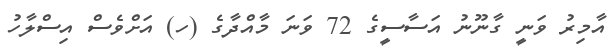
އާމިރު ވަނީ ގާނޫނު އަސާސީގެ 72 ވަނަ މާއްދާގެ (ހ) އަށްވެސް އިސްލާހު